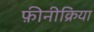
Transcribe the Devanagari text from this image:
फ़ीनीक्रिया